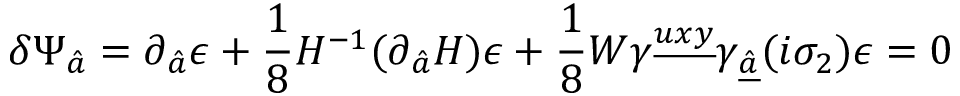
\delta \Psi _ { \hat { a } } = \partial _ { \hat { a } } \epsilon + { \frac { 1 } { 8 } } H ^ { - 1 } ( \partial _ { \hat { a } } H ) \epsilon + { \frac { 1 } { 8 } } W \gamma ^ { \underline { { { u x y } } } } \gamma _ { \underline { { { \hat { a } } } } } ( i \sigma _ { 2 } ) \epsilon = 0 \,